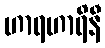
ဟာရဟာရိနီ